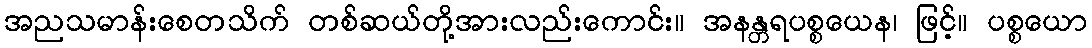
အညသမာန်းစေတသိက် တစ်ဆယ်တို့အားလည်းကောင်း။ အနန္တရပစ္စယေန၊ ဖြင့်။ ပစ္စယော